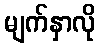
မျက်နှာလို